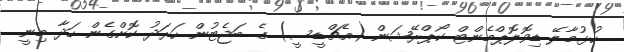
ހުޅުމާލޭ ޑިވޮލޮޕްމެންޓް ކޯޕްރޭޝަން (އެޗްޑީސީ) ގެ ބަޖެޓުން ހަރަދު ކޮށްގެން ހަދާ މިނީ